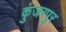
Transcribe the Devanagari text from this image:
कुंजरपुर